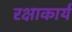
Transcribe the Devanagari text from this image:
रक्षाकार्य